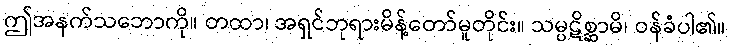
ဤအနက်သဘောကို။ တထာ၊ အရှင်ဘုရားမိန့်တော်မူတိုင်း။ သမ္ပဋိစ္ဆာမိ၊ ဝန်ခံပါ၏။